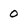
Character: 0